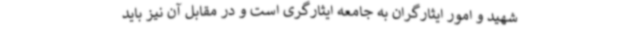
شهید و امور ایثارگران به جامعه ایثارگری است و در مقابل آن نیز باید